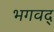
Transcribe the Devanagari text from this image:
भगवद्‍